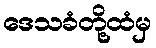
ဒေသခံတို့ထံမှ